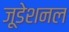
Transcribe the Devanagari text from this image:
जूडेशनल